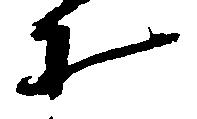
才